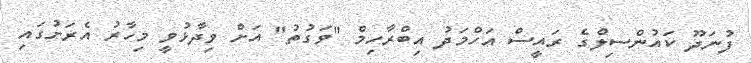
ފުނަދޫ ކައުންސިލްގެ ރައީސް އަހްމަދު އިބްރާހިމް "ވަގުތު" އަށް ވިދާޅުވީ މިހާރު އެރަށުގައި